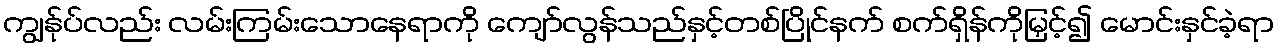
ကျွန်ုပ်လည်း လမ်းကြမ်းသောနေရာကို ကျော်လွန်သည်နှင့်တစ်ပြိုင်နက် စက်ရှိန်ကိုမြှင့်၍ မောင်းနှင်ခဲ့ရာ